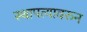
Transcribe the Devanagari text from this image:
स्थापत्यावरुन